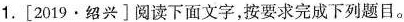
1.[2019·绍兴]阅读下面文字，按要求完成下列题目。